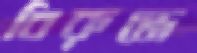
বিরুদ্ধে